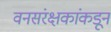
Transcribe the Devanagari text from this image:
वनसंरक्षकांकडून